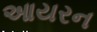
આયરન